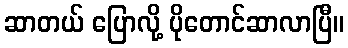
ဆာတယ် ပြောလို့ ပိုတောင်ဆာလာပြီ။